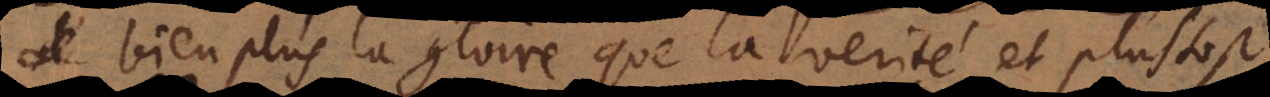
bien plus la gloire que la verité, et plustost